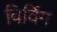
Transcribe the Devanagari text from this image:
विविंग